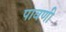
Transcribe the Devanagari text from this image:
पावणी